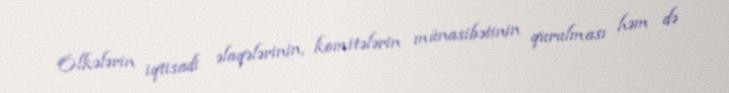
Ölkələrin iqtisadi əlaqələrinin, komitələrin münasibətinin qurulması həm də